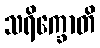
သရိက္ခောတိ